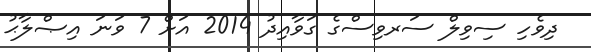
ދިވެހި ސިވިލް ސަރވިސްގެ ގަވާއިދު 2014 އަށް 7 ވަނަ އިޞްލާޙު